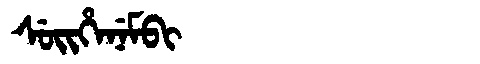
Manchu: ᠰᡠᡳᡥᡝᠨᡝᠮᠪᡳ
Romanization: SUIHENEMBI